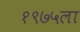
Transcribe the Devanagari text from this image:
१९७५ला